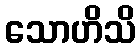
သောဟိသိ